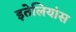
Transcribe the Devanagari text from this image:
इतेलियांस